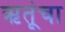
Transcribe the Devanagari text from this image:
ऋतूंचा